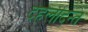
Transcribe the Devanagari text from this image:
देहलीदन्त